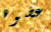
عضوه